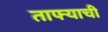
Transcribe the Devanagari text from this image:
ताफ्याची